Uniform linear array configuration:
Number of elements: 64
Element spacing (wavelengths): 1
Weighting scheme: cosine
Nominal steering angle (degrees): -60
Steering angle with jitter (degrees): -58.149
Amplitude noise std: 0.05
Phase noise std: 0.05

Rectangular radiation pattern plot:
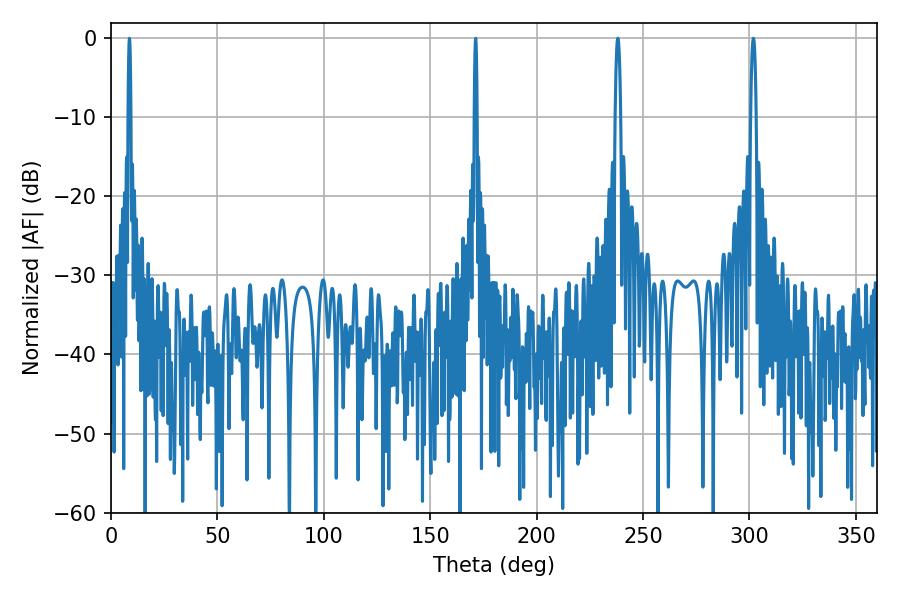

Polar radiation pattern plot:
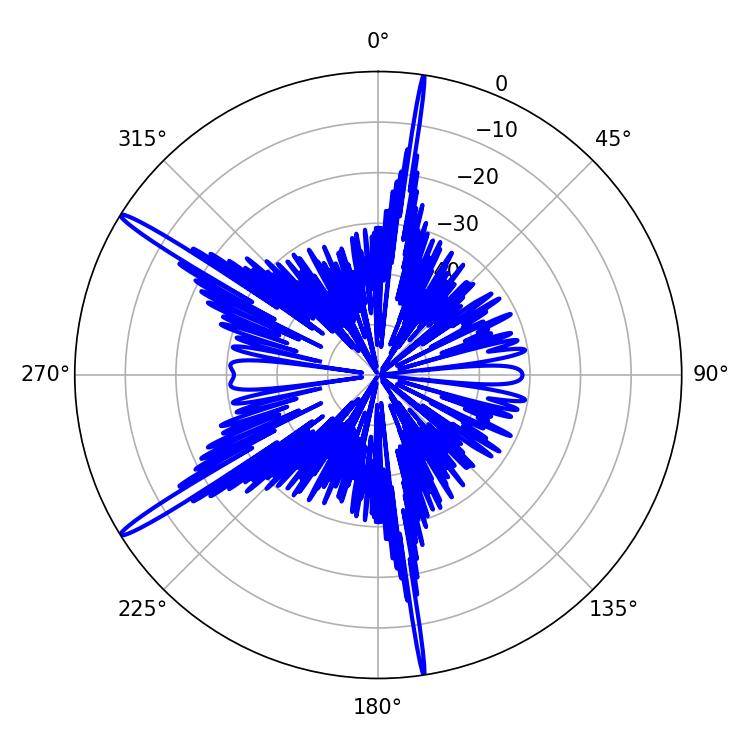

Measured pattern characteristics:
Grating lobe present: TRUE
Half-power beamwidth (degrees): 1.44
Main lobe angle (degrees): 238.14